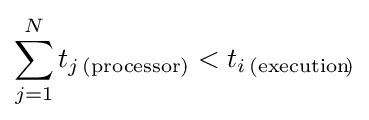
\sum _{j=1}^{N}t_{j\,(\mathrm {processor} )}<t_{i\,(\mathrm {execution} \!)}